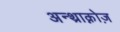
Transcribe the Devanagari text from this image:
अन्थ्राक्नोज़